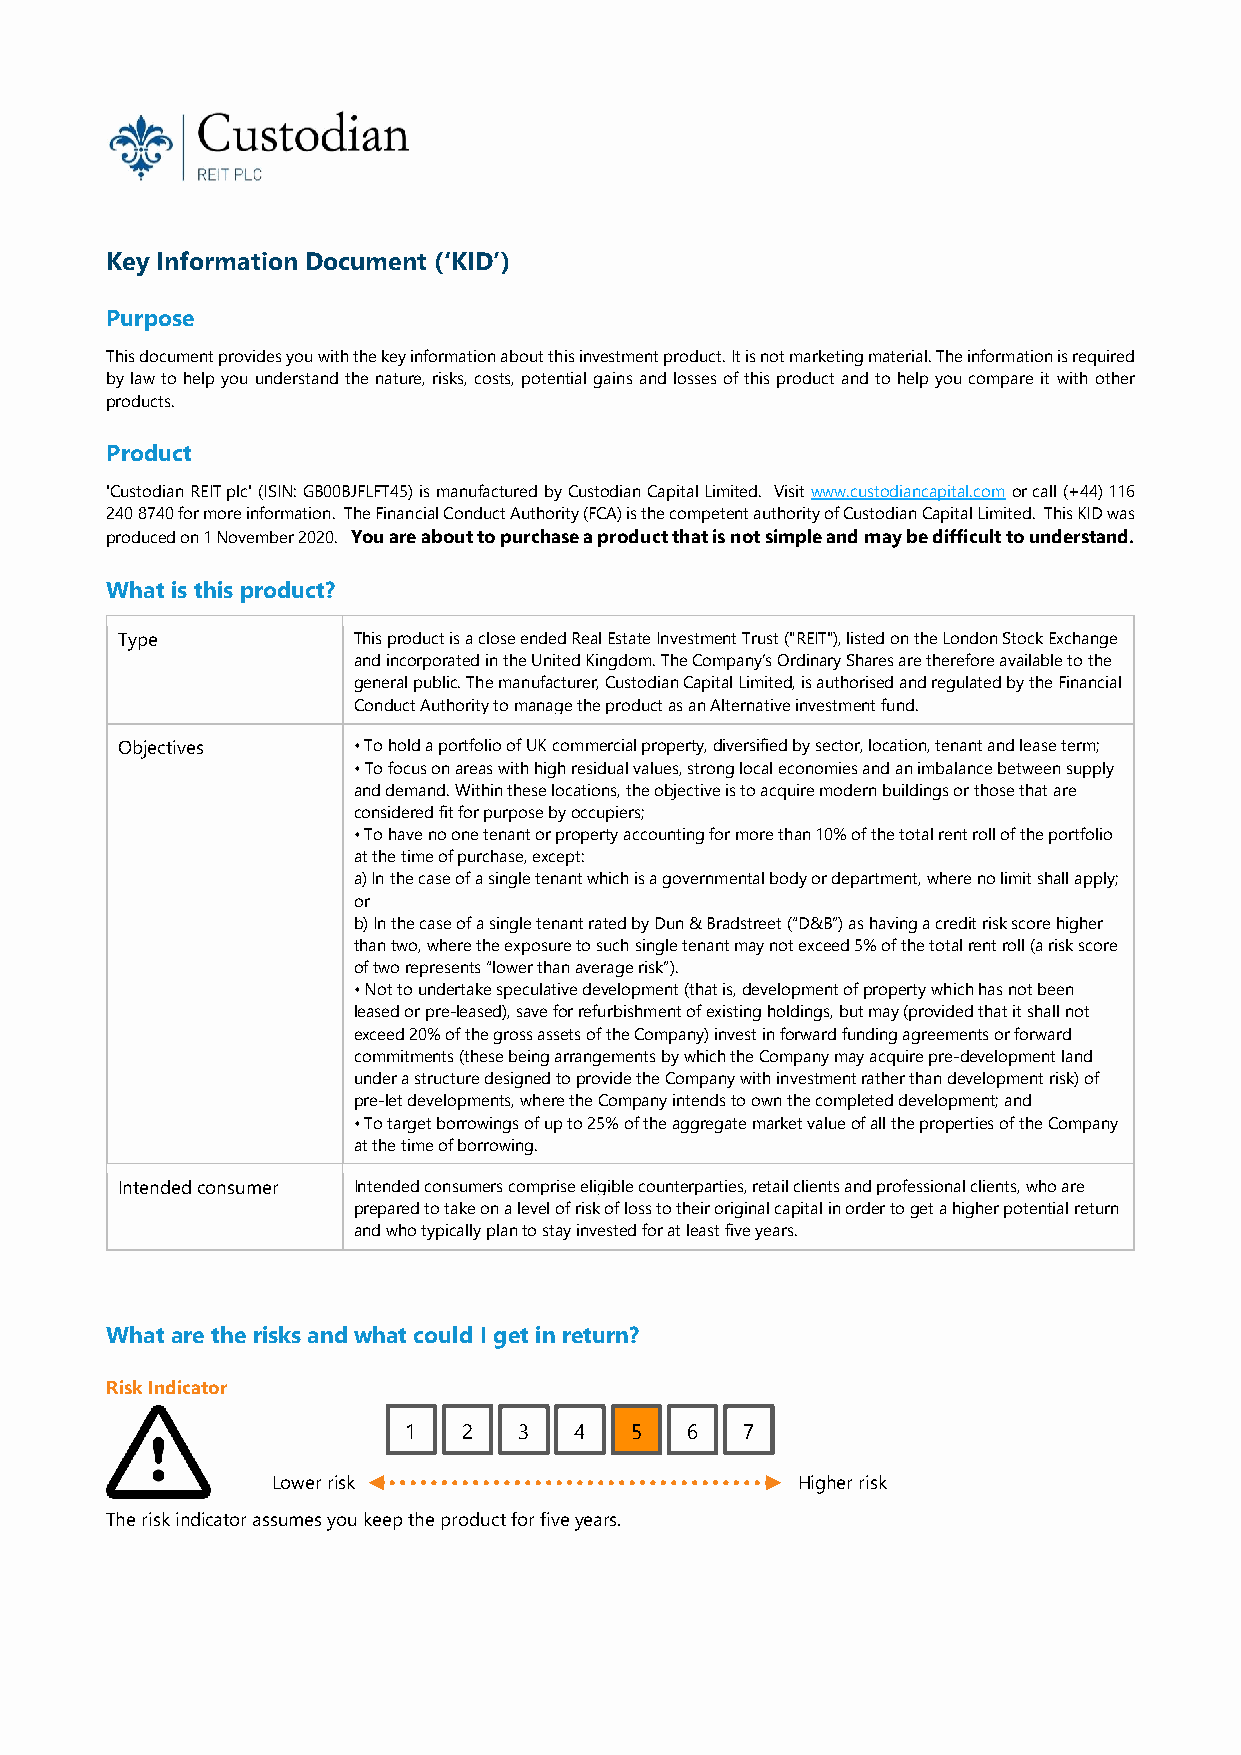
Key Information Document (‘KID’)
 Purpose
 This document provides you with the key information about this investment product. It is not marketing material. The information is required
 by law to help you understand the nature, risks, costs, potential gains and losses of this product and to help you compare it with other
 products.
 Product
 'Custodian REIT plc' (ISIN: GB00BJFLFT45) is manufactured by Custodian Capital Limited. Visit www.custodiancapital.com or call (+44) 116
 240 8740 for more information. The Financial Conduct Authority (FCA) is the competent authority of Custodian Capital Limited. This KID was
 produced on 1 November 2020. You are about to purchase a product that is not simple and may be difficult to understand.
 What is this product?
 Type           This product is a close ended Real Estate Investment Trust ("REIT"), listed on the London Stock Exchange
 and incorporated in the United Kingdom. The Company’s Ordinary Shares are therefore available to the
 general public. The manufacturer, Custodian Capital Limited, is authorised and regulated by the Financial
 Conduct Authority to manage the product as an Alternative investment fund.
 Objectives     • To hold a portfolio of UK commercial property, diversified by sector, location, tenant and lease term;
 • To focus on areas with high residual values, strong local economies and an imbalance between supply
 and demand. Within these locations, the objective is to acquire modern buildings or those that are
 considered fit for purpose by occupiers;
 • To have no one tenant or property accounting for more than 10% of the total rent roll of the portfolio
 at the time of purchase, except:
 a) In the case of a single tenant which is a governmental body or department, where no limit shall apply;
 or
 b) In the case of a single tenant rated by Dun & Bradstreet (“D&B”) as having a credit risk score higher
 than two, where the exposure to such single tenant may not exceed 5% of the total rent roll (a risk score
 of two represents “lower than average risk”).
 • Not to undertake speculative development (that is, development of property which has not been
 leased or pre-leased), save for refurbishment of existing holdings, but may (provided that it shall not
 exceed 20% of the gross assets of the Company) invest in forward funding agreements or forward
 commitments (these being arrangements by which the Company may acquire pre-development land
 under a structure designed to provide the Company with investment rather than development risk) of
 pre-let developments, where the Company intends to own the completed development; and
 • To target borrowings of up to 25% of the aggregate market value of all the properties of the Company
 at the time of borrowing.
 Intended consumer Intended consumers comprise eligible counterparties, retail clients and professional clients, who are
 prepared to take on a level of risk of loss to their original capital in order to get a higher potential return
 and who typically plan to stay invested for at least five years.
 Product information imported from Excel tool.
 What are the risks and what could I get in return?
 Risk Indicator
 1   2  3   4   5  6   7
 Lower risk                         Higher risk
 The risk indicator assumes you keep the product for five years.